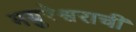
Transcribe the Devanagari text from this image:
मयुरेश्वराची